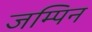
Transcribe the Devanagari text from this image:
जम्पिन